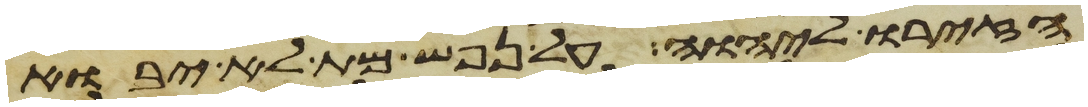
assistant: הזירו ליהוה על נפש מת לא יבוא